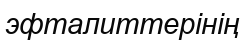
эфталиттерінің